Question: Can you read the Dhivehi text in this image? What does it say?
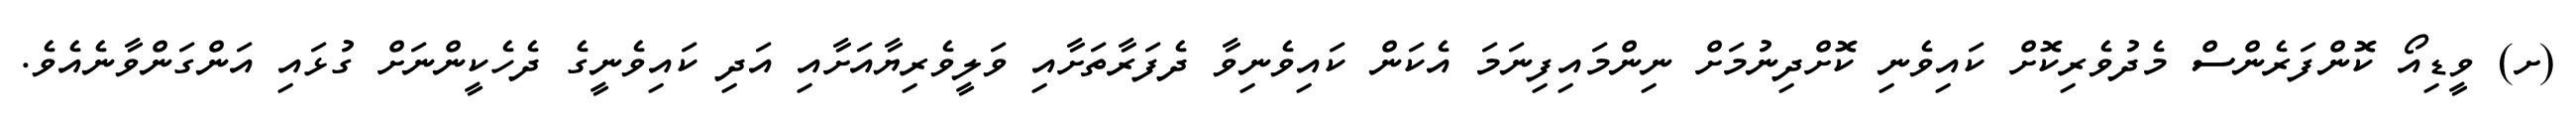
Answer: (ށ) ވީޑިއޯ ކޮންފަރެންސް މެދުވެރިކޮށް ކައިވެނި ކޮށްދިނުމަށް ނިންމައިފިނަމަ އެކަން ކައިވެނިވާ ދެފަރާތަށާއި ވަލީވެރިޔާއަށާއި އަދި ކައިވެނީގެ ދެހެކީންނަށް ގުޅައި އަންގަންވާނެއެވެ.